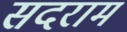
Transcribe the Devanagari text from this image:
सदराम